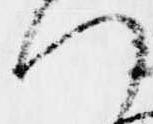
つ